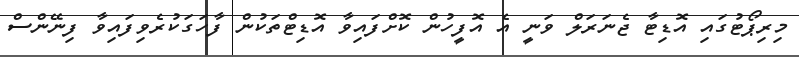
މިރިޕޯޓުގައި އޮޑިޓާ ޖެނަރަލް ވަނީ އެ އޮފީހުން ކޮށްފައިވާ އޮޑިޓްތަކުން ފާހަގަކުރެވިފައިވާ ފިނޭންސް